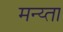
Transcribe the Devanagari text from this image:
मन्य्ता